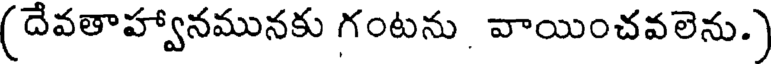
(దేవతాహ్వానమునకు గంటను వాయించవలెను.)